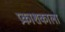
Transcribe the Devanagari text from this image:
प्रकाशकाला